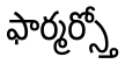
ఫార్మర్స్తో